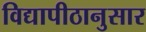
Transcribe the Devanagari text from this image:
विद्यापीठानुसार